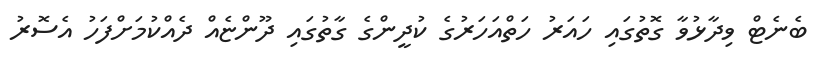
ބެނެޓް ވިދާޅުވާ ގޮތުގައި ހައަރު ހަތްއަހަރުގެ ކުދީންގެ ގާތުގައި ދޫންޏެއް ދެއްކުމަށްފަހު އެސޮރު